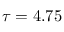
\tau = 4 . 7 5